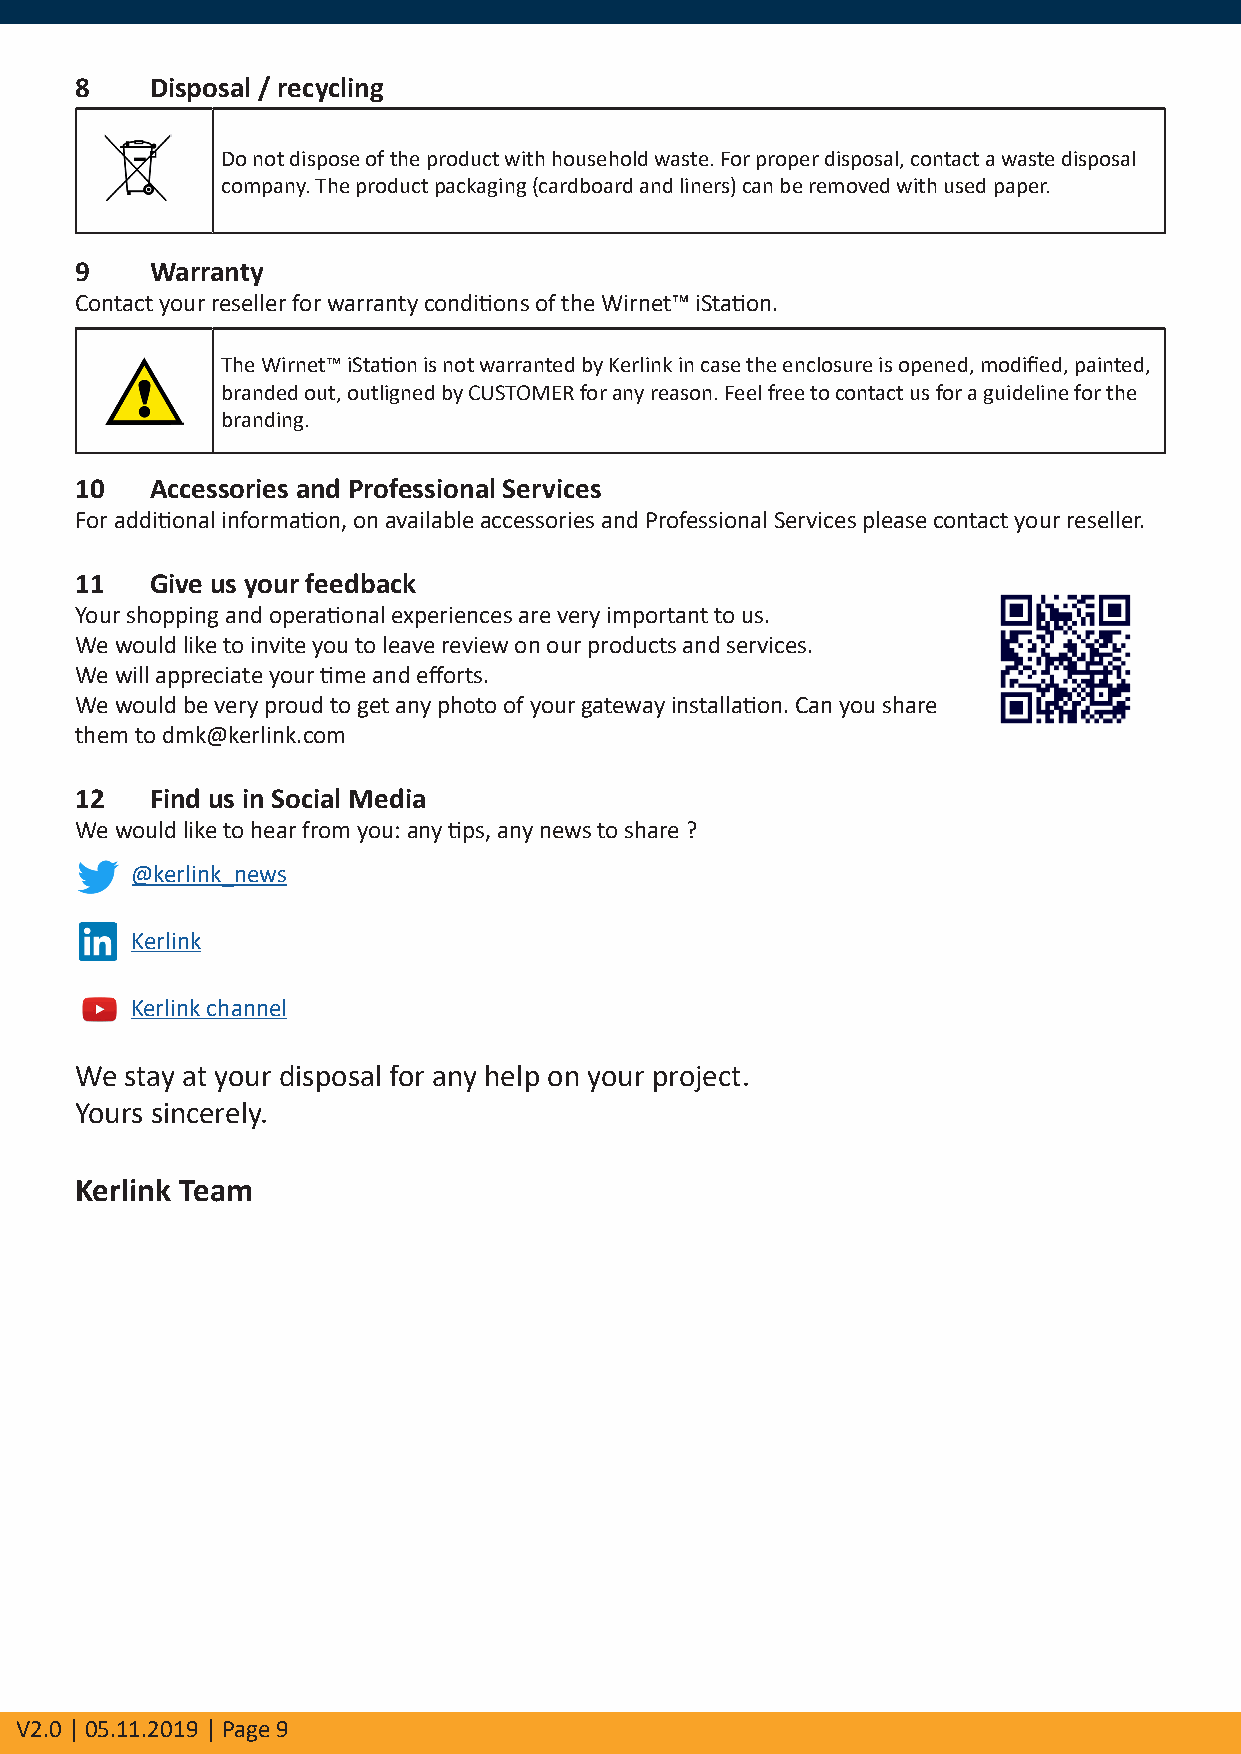
8    Disposal / recycling
 Do not dispose of the product with household waste. For proper disposal, contact a waste disposal
 company. The product packaging (cardboard and liners) can be removed with used paper.
 9    Warranty
 Contact your reseller for warranty conditions of the Wirnet™ iStation.
 The Wirnet™ iStation is not warranted by Kerlink in case the enclosure is opened, modified, painted,
 branded out, outligned by CUSTOMER for any reason. Feel free to contact us for a guideline for the
 branding.
 10   Accessories and Professional Services
 For additional information, on available accessories and Professional Services please contact your reseller.
 11   Give us your feedback
 Your shopping and operational experiences are very important to us.
 We would like to invite you to leave review on our products and services.
 We will appreciate your time and efforts.
 We would be very proud to get any photo of your gateway installation. Can you share
 them to dmk@kerlink.com
 12   Find us in Social Media
 We would like to hear from you: any tips, any news to share ?
 @kerlink_news
 Kerlink
 Kerlink channel
 We stay at your disposal for any help on your project.
 Yours sincerely.
 Kerlink Team
 V2.0 | 05.11.2019 | Page 9